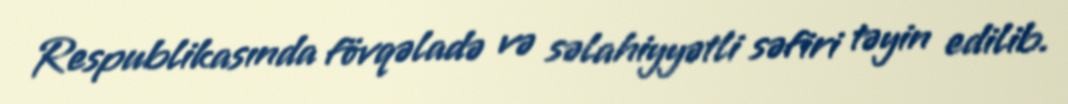
Respublikasında fövqəladə və səlahiyyətli səfiri təyin edilib.